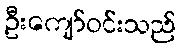
ဦးကျော်ဝင်းသည်